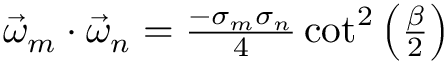
\begin{array} { r } { \vec { \omega } _ { m } \cdot \vec { \omega } _ { n } = \frac { - \sigma _ { m } \sigma _ { n } } { 4 } \cot ^ { 2 } \left( \frac { \beta } { 2 } \right) } \end{array}